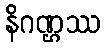
နိဂဏ္ဌဿ